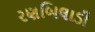
રણબિલાડી